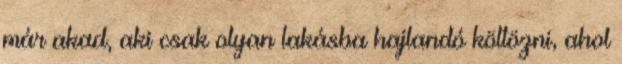
már akad, aki csak olyan lakásba hajlandó költözni, ahol